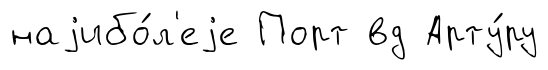
наjибо́л'еjе Порт вд Арту́ру